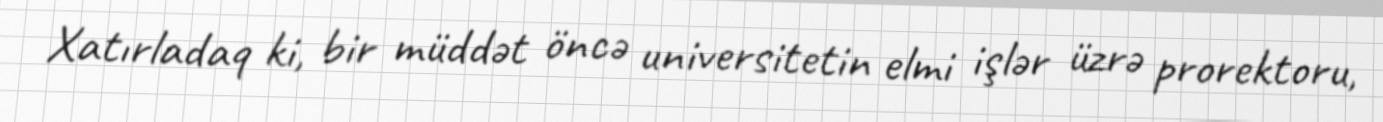
Xatırladaq ki, bir müddət öncə universitetin elmi işlər üzrə prorektoru,